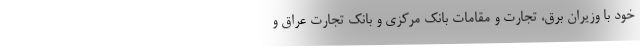
خود با وزیران برق، تجارت و مقامات بانک مرکزی و بانک تجارت عراق و